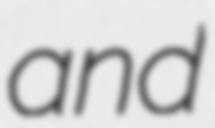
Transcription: and